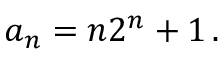
a _ { n } = n 2 ^ { n } + 1 \, .